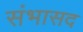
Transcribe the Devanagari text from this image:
संभासद